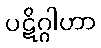
ပဋိဂ္ဂါဟာ